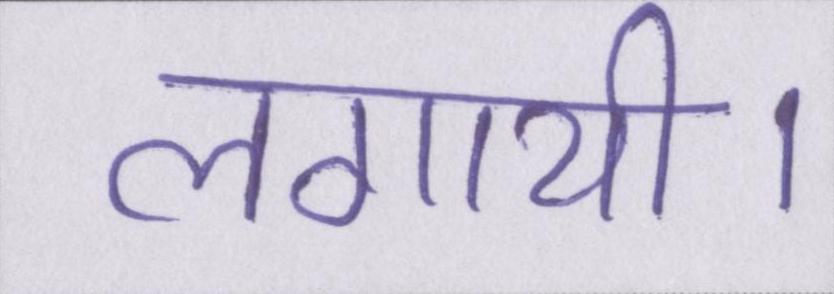
लगायी।